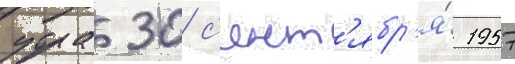
утра 30 с'ент'ябр'я́ 1957